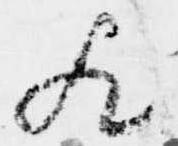
歟